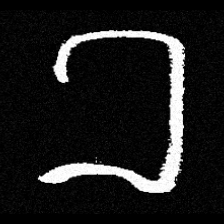
Pyu character \u2014 Myanmar letter: ခ (romanized: kha)